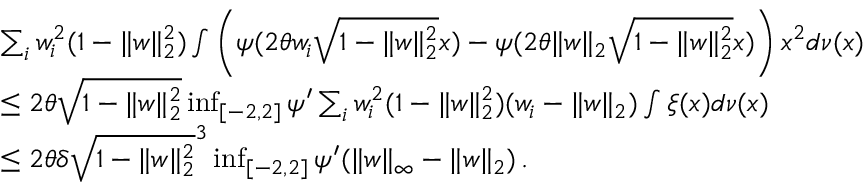
\begin{array} { r l } & { \sum _ { i } w _ { i } ^ { 2 } ( 1 - \| w \| _ { 2 } ^ { 2 } ) \int \left( \psi ( 2 \theta w _ { i } \sqrt { 1 - \| w \| _ { 2 } ^ { 2 } } x ) - \psi ( 2 \theta \| w \| _ { 2 } \sqrt { 1 - \| w \| _ { 2 } ^ { 2 } } x ) \right) x ^ { 2 } d \nu ( x ) } \\ & { \le 2 \theta \sqrt { 1 - \| w \| _ { 2 } ^ { 2 } } \operatorname* { i n f } _ { [ - 2 , 2 ] } \psi ^ { \prime } \sum _ { i } w _ { i } ^ { 2 } ( 1 - \| w \| _ { 2 } ^ { 2 } ) ( w _ { i } - \| w \| _ { 2 } ) \int \xi ( x ) d \nu ( x ) } \\ & { \le 2 \theta \delta \sqrt { 1 - \| w \| _ { 2 } ^ { 2 } } ^ { 3 } \operatorname* { i n f } _ { [ - 2 , 2 ] } \psi ^ { \prime } ( \| w \| _ { \infty } - \| w \| _ { 2 } ) \, . } \end{array}